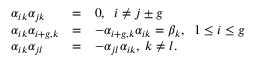
\begin{array} { l l l } { { \alpha _ { i k } \alpha _ { j k } } } & { { = } } & { { 0 , \; \; i \neq j \pm g } } \\ { { \alpha _ { i k } \alpha _ { i + g , k } } } & { { = } } & { { - \alpha _ { i + g , k } \alpha _ { i k } = \beta _ { k } , \; \; 1 \leq i \leq g } } \\ { { \alpha _ { i k } \alpha _ { j l } } } & { { = } } & { { - \alpha _ { j l } \alpha _ { i k } , \; k \neq l . } } \end{array}